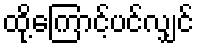
ထို့ကြောင့်ပင်လျှင်